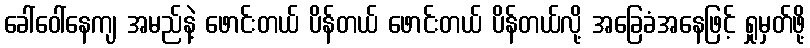
ခေါ်ဝေါ်နေကျ အမည်နဲ့ ဖောင်းတယ် ပိန်တယ် ဖောင်းတယ် ပိန်တယ်လို့ အခြေခံအနေဖြင့် ရှုမှတ်ဖို့